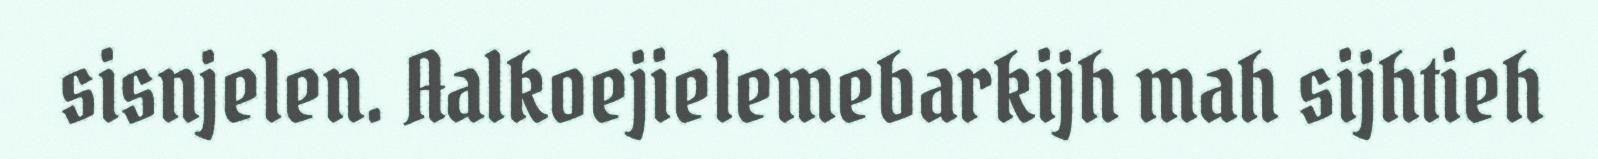
sisnjelen. Aalkoejielemebarkijh mah sijhtieh